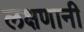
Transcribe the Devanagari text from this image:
लक्षणानी